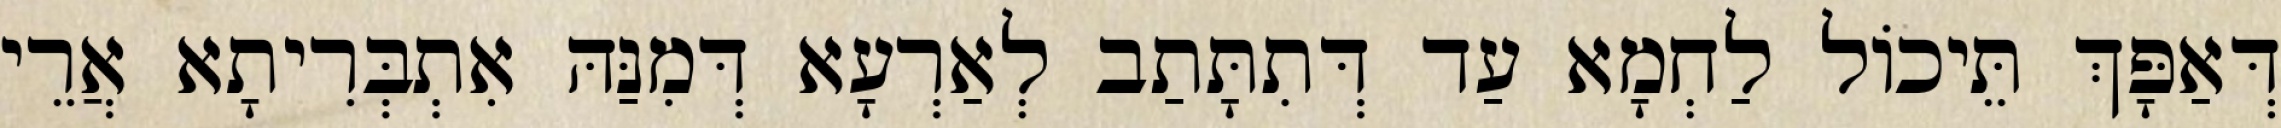
דְּאַפָּךְ תֵּיכוֹל לַחְמָא עַד דְּתִתָּתַב לְאַרְעָא דְּמִנַּהּ אִתְבְּרִיתָא אֲרֵי